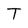
Character: T